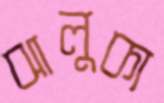
ঝালুকা